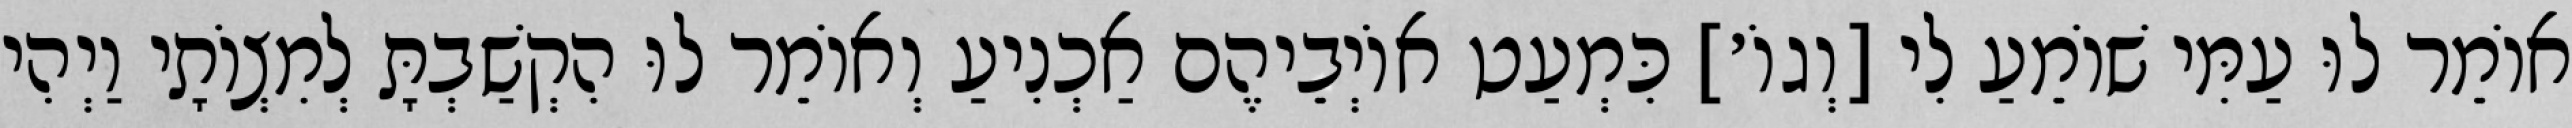
אוֹמֵר לוּ עַמִּי שׁוֹמֵעַ לִי [וְגוֹ׳] כִּמְעַט אוֹיְבֵיהֶם אַכְנִיעַ וְאוֹמֵר לוּ הִקְשַׁבְתָּ לְמִצְוֹתָי וַיְהִי